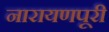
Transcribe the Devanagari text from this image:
नारायणपूरी